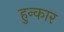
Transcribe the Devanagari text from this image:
हुन्कार